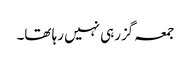
جمعہ گزرہی نہیں رہا تھا۔